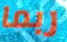
ربما